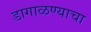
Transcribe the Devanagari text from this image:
डागाळण्याचा